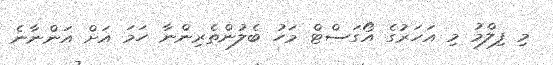
މި ފިލްމު މި އަހަރުގެ އޯގަސްޓް މަހު ބެލުންތެރިންނާ ހަމަ އަށް އަންނާނެ